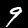
Digit: 9